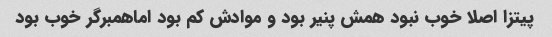
پیتزا اصلا خوب نبود همش پنیر بود و موادش کم بود اماهمبرگر خوب بود